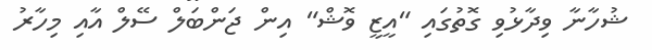
ޝުހާނާ ވިދާޅުވި ގޮތުގައި "އީޒީ ވޮޝް" އިން ޖަންބަލް ސޭލް އާއި މިހާރު